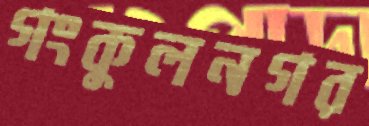
গংকুলনগর